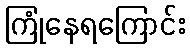
ကြုံနေရကြောင်း